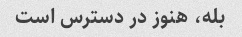
بله، هنوز در دسترس است